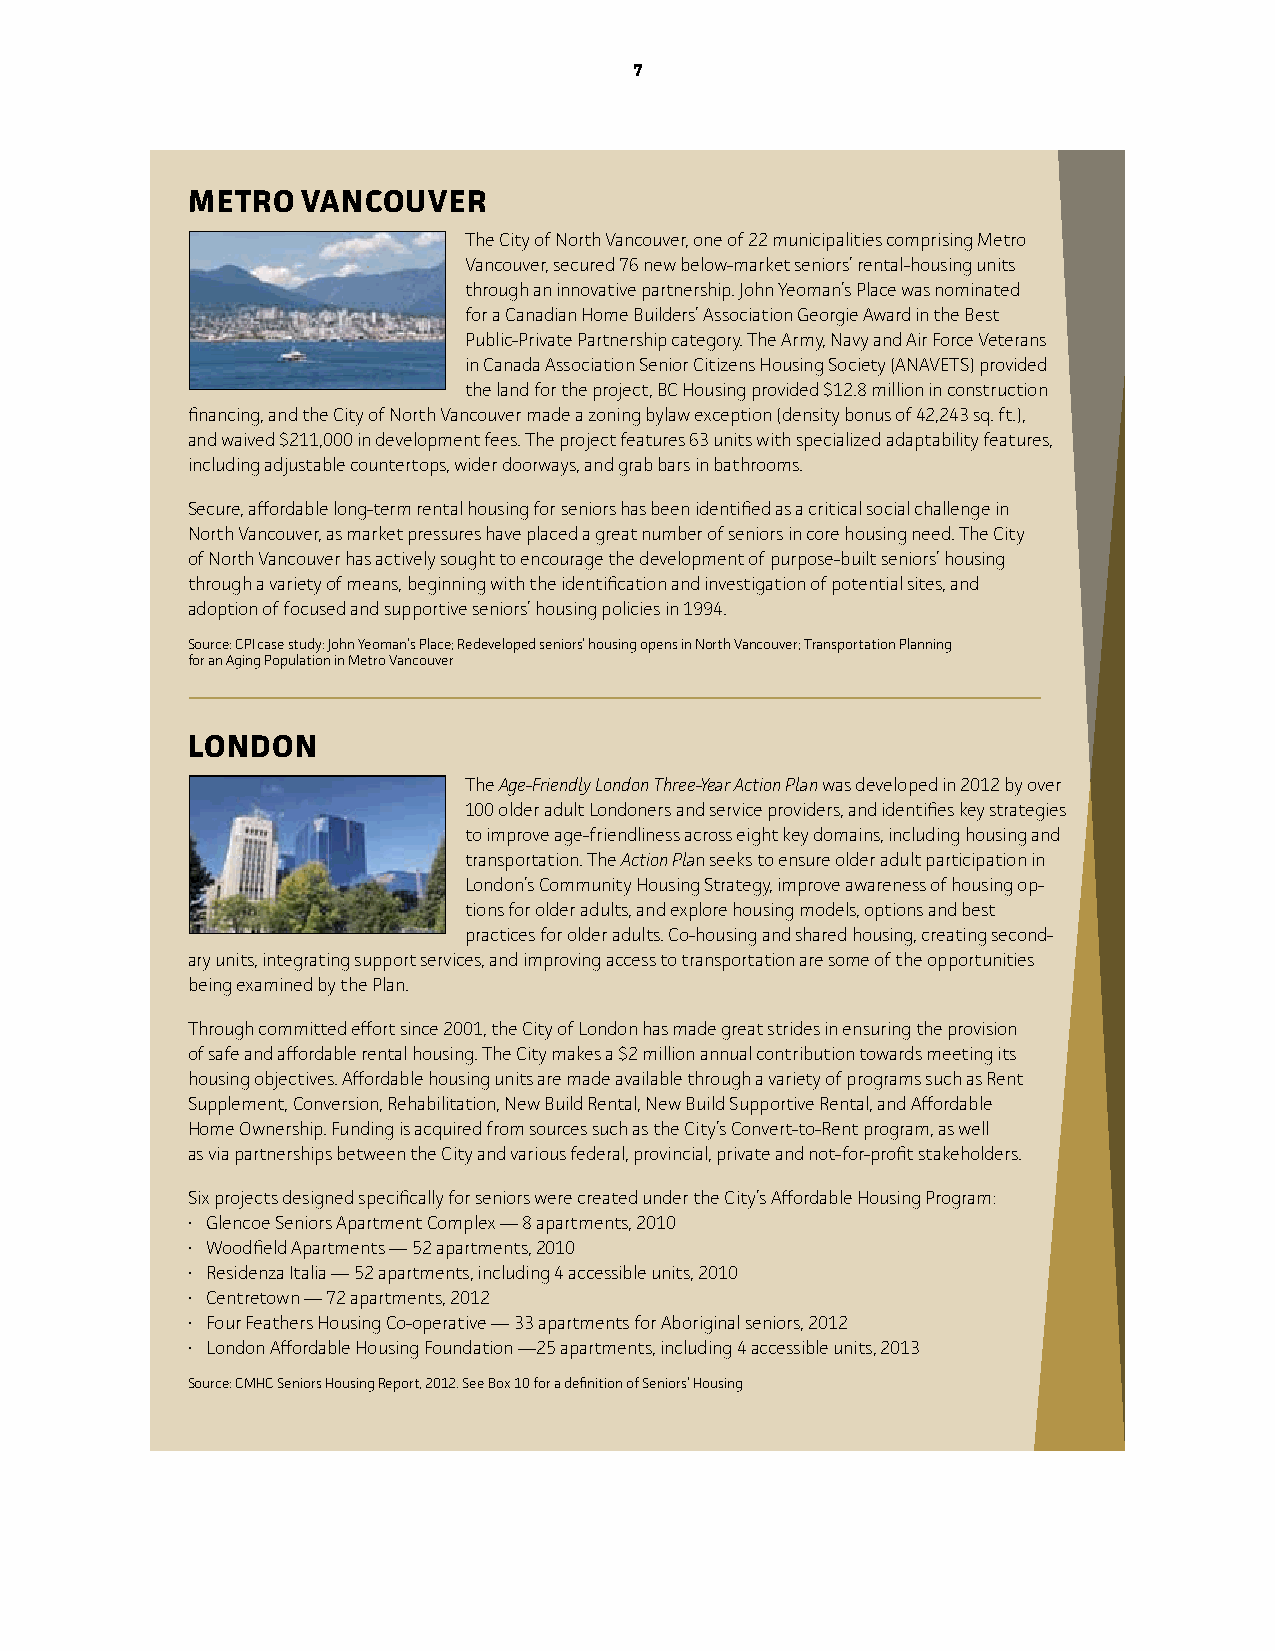
7
 MeTRo   vAnCouveR
 The City of North Vancouver, one of 22 municipalities comprising Metro
 Vancouver, secured 76 new below-market seniors’ rental-housing units
 through an innovative partnership. John Yeoman’s Place was nominated
 for a Canadian Home Builders’ Association Georgie Award in the Best
 Public-Private Partnership category. The Army, Navy and Air Force Veterans
 in Canada Association Senior Citizens Housing Society (ANAVETS) provided
 the land for the project, BC Housing provided $12.8 million in construction
 financing, and the City of North Vancouver made a zoning bylaw exception (density bonus of 42,243 sq. ft.),
 and waived $211,000 in development fees. The project features 63 units with specialized adaptability features,
 including adjustable countertops, wider doorways, and grab bars in bathrooms.
 Secure, affordable long-term rental housing for seniors has been identified as a critical social challenge in
 North Vancouver, as market pressures have placed a great number of seniors in core housing need. The City
 of North Vancouver has actively sought to encourage the development of purpose-built seniors’ housing
 through a variety of means, beginning with the identification and investigation of potential sites, and
 adoption of focused and supportive seniors’ housing policies in 1994.
 Source: CPi case study: John Yeoman’s Place; Redeveloped seniors’ housing opens in North Vancouver; Transportation Planning
 for an Aging Population in Metro Vancouver
 LonDon
 The Age-Friendly London Three-Year Action Plan was developed in 2012 by over
 100 older adult Londoners and service providers, and identifies key strategies
 to improve age-friendliness across eight key domains, including housing and
 transportation. The Action Plan seeks to ensure older adult participation in
 London’s Community Housing Strategy, improve awareness of housing op-
 tions for older adults, and explore housing models, options and best
 practices for older adults. Co-housing and shared housing, creating second-
 ary units, integrating support services, and improving access to transportation are some of the opportunities
 being examined by the Plan.
 Through committed effort since 2001, the City of London has made great strides in ensuring the provision
 of safe and affordable rental housing. The City makes a $2 million annual contribution towards meeting its
 housing objectives. Affordable housing units are made available through a variety of programs such as Rent
 Supplement, Conversion, Rehabilitation, New Build Rental, New Build Supportive Rental, and Affordable
 Home Ownership. Funding is acquired from sources such as the City’s Convert-to-Rent program, as well
 as via partnerships between the City and various federal, provincial, private and not-for-profit stakeholders.
 Six projects designed specifically for seniors were created under the City’s Affordable Housing Program:
 • Glencoe Seniors Apartment Complex — 8 apartments, 2010
 • Woodfield Apartments — 52 apartments, 2010
 • Residenza Italia — 52 apartments, including 4 accessible units, 2010
 • Centretown — 72 apartments, 2012
 • Four Feathers Housing Co-operative — 33 apartments for Aboriginal seniors, 2012
 • London Affordable Housing Foundation —25 apartments, including 4 accessible units, 2013
 Source: CMHC Seniors Housing Report, 2012. See Box 10 for a definition of Seniors’ Housing